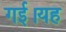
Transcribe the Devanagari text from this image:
गई।यह